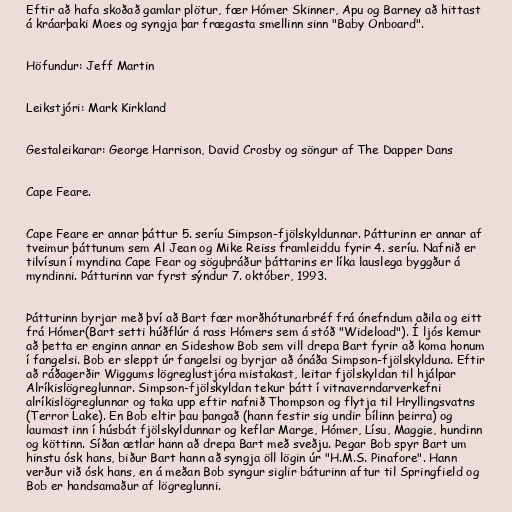
Eftir að hafa skoðað gamlar plötur, fær Hómer Skinner, Apu og Barney að hittast
á kráarþaki Moes og syngja þar frægasta smellinn sinn "Baby Onboard".

Höfundur: Jeff Martin

Leikstjóri: Mark Kirkland

Gestaleikarar: George Harrison, David Crosby og söngur af The Dapper Dans

Cape Feare.

Cape Feare er annar þáttur 5. seríu Simpson-fjölskyldunnar. Þátturinn er annar af
tveimur þáttunum sem Al Jean og Mike Reiss framleiddu fyrir 4. seríu. Nafnið er
tilvísun í myndina Cape Fear og söguþráður þáttarins er líka lauslega byggður á
myndinni. Þátturinn var fyrst sýndur 7. október, 1993.

Þátturinn byrjar með því að Bart fær morðhótunarbréf frá ónefndum aðila og eitt
frá Hómer(Bart setti húðflúr á rass Hómers sem á stóð "Wideload"). Í ljós kemur
að þetta er enginn annar en Sideshow Bob sem vill drepa Bart fyrir að koma honum
í fangelsi. Bob er sleppt úr fangelsi og byrjar að ónáða Simpson-fjölskylduna. Eftir
að ráðagerðir Wiggums lögreglustjóra mistakast, leitar fjölskyldan til hjálpar
Alríkislögreglunnar. Simpson-fjölskyldan tekur þátt í vitnaverndarverkefni
alríkislögreglunnar og taka upp eftir nafnið Thompson og flytja til Hryllingsvatns
(Terror Lake). En Bob eltir þau þangað (hann festir sig undir bílinn þeirra) og
laumast inn í húsbát fjölskyldunnar og keflar Marge, Hómer, Lísu, Maggie, hundinn
og köttinn. Síðan ætlar hann að drepa Bart með sveðju. Þegar Bob spyr Bart um
hinstu ósk hans, biður Bart hann að syngja öll lögin úr "H.M.S. Pinafore". Hann
verður við ósk hans, en á meðan Bob syngur siglir báturinn aftur til Springfield og
Bob er handsamaður af lögreglunni.